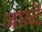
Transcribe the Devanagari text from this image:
जाव्दें